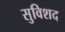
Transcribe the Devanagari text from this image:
सुविशद